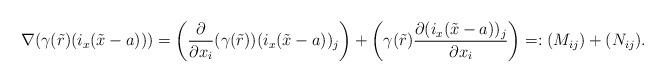
LaTeX: \begin{align*}\nabla (\gamma(\tilde{r})(i_x(\tilde{x}-a))) = \left(\dfrac{\partial}{\partial x_i}(\gamma(\tilde{r}))(i_x(\tilde{x}-a))_j\right) + \left( \gamma(\tilde{r}) \dfrac{\partial (i_x(\tilde{x}-a))_j}{\partial x_i} \right) =: (M_{ij}) + (N_{ij}). \end{align*}